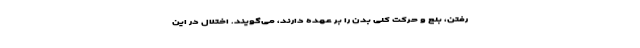
رفتن، بلع و حرکت کلی بدن را بر عهده دارند، می‌گویند. اختلال در این